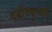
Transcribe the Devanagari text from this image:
दबीगकुचली